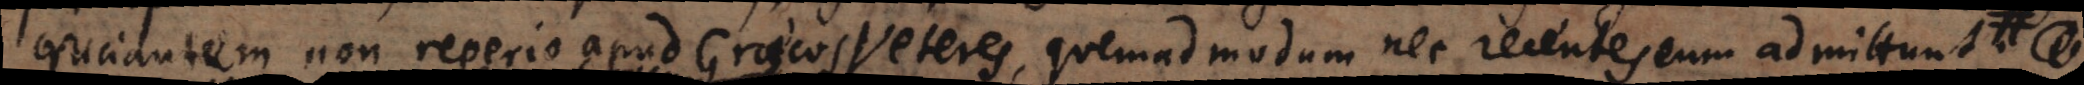
cruciantem non reperio apud Graecos Veteres, quemadmodum nec recentes eum admittunt